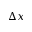
\Delta x